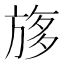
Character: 𣃽